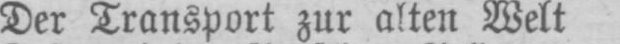
Der Transport zur alten Welt